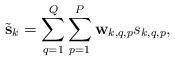
LaTeX: \begin{align*}\tilde{\mathbf{s}}_k=\sum^{Q}_{q=1}\sum^{P}_{p=1}\mathbf{w}_{k,q,p} s_{k,q,p},\end{align*}